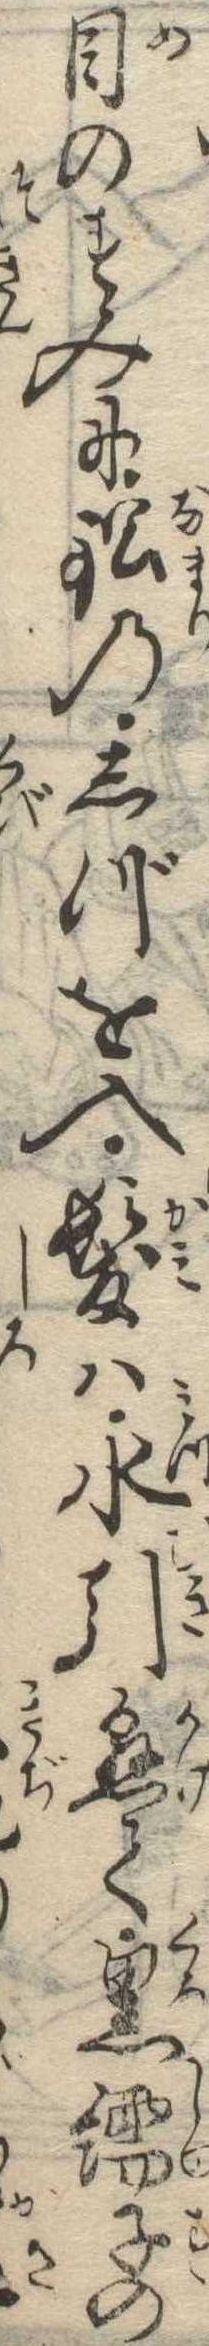
目のすみに鉛のしづを入髪は水引懸て黒繻子のゞ